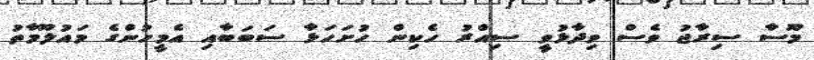
މޫސާ ސިރާޖު ވެސް ވިދާޅުވީ ސިއްރު ހެކިން ހުށަހަޅާ ސަބަބާއި އެމީހުންގެ މައުލޫމާތު